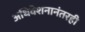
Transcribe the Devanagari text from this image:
अधिवेशनानंतरही